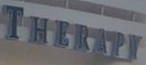
THERAPY